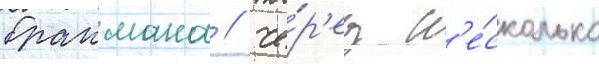
бракмана / че́р'ез н'е́сколько